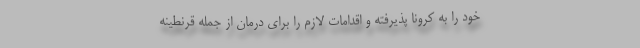
خود را به کرونا پذیرفته و اقدامات لازم را برای درمان از جمله قرنطینه